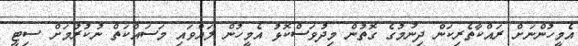
އެމީހުންނަށް ރައްކާތެރިކަން ދިނުމުގެ ގޮތުން މިދުވަސްކޮޅު އެމީހުން ލައްވައި މަސައްކަތް ނުކުރުމަށް ސިޓީ